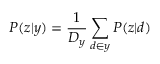
P ( z | y ) = \frac { 1 } { D _ { y } } \sum _ { d \in y } P ( z | d )